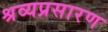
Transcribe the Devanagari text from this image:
श्रव्यप्रसारण